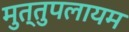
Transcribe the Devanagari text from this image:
मुत्तुपलायम